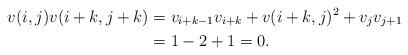
LaTeX: \begin{align*}v(i,j)v(i+k,j+k)&=v_{i+k-1}v_{i+k}+v(i+k,j)^2+v_jv_{j+1}\\& =1-2+1=0.\end{align*}